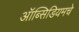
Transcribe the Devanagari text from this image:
ऑब्सिडियमचे